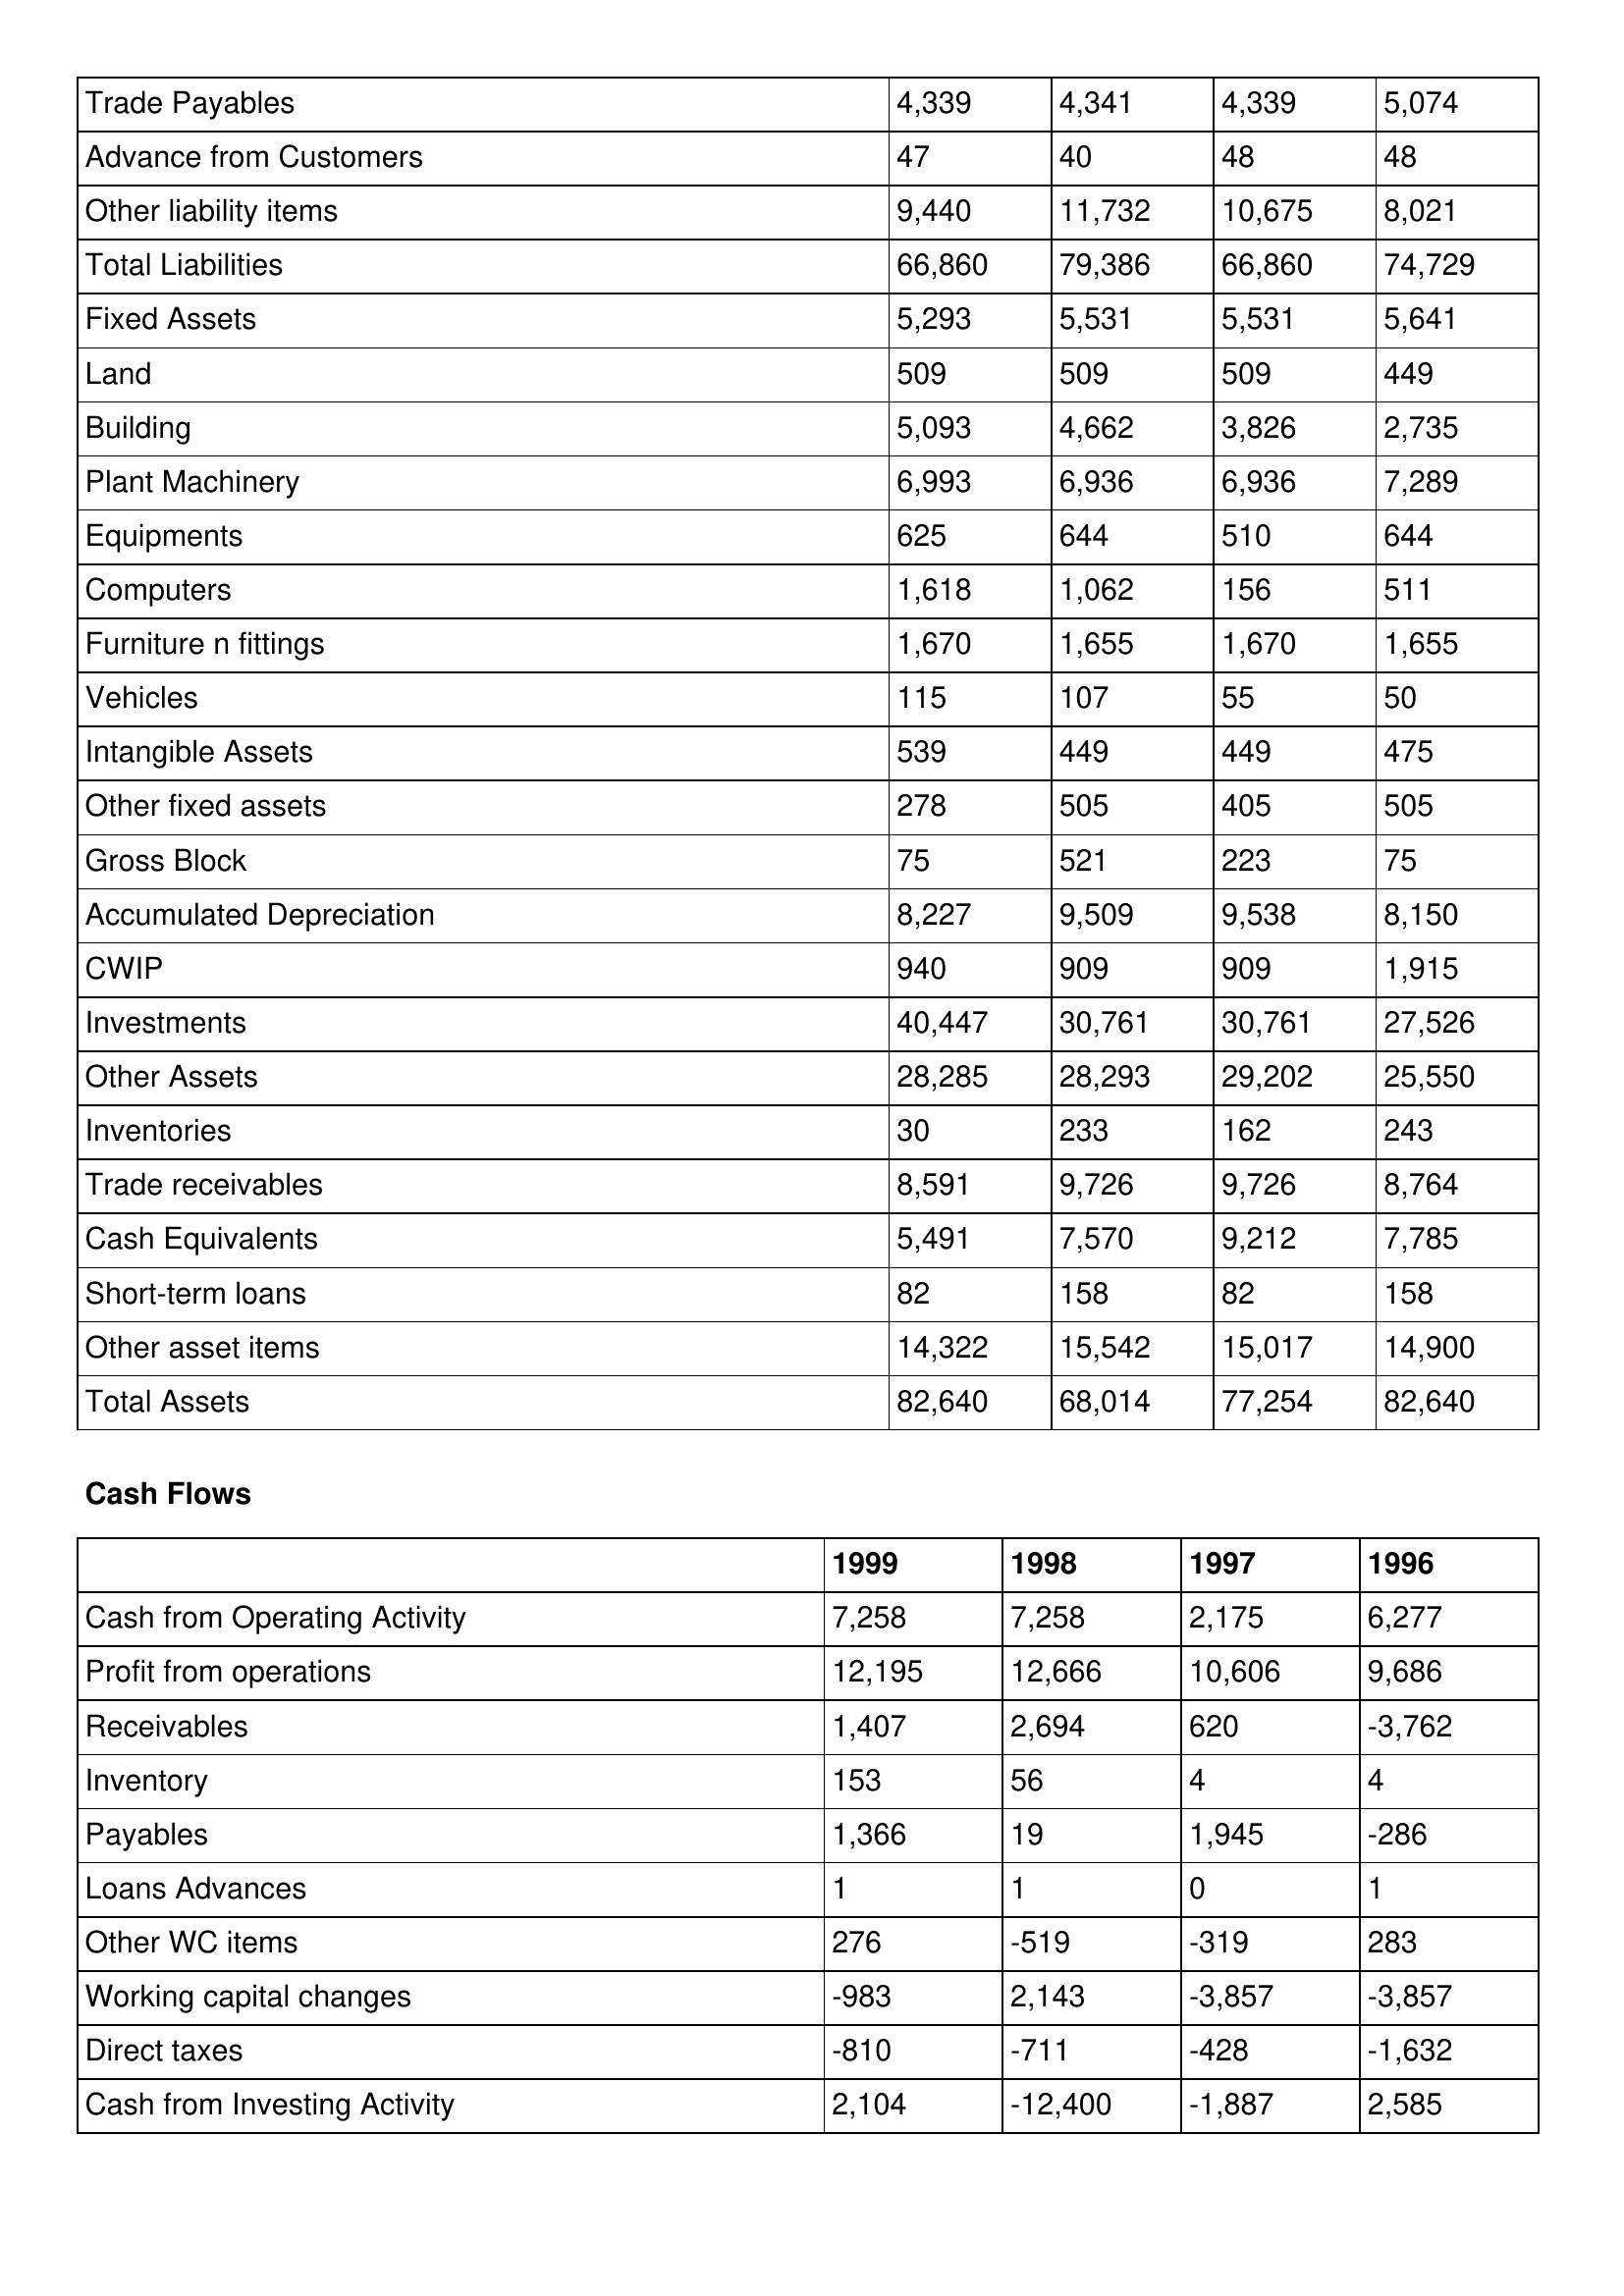
gt_parse: 1999: Balance Sheet: Trade Payables: 4,339
Advance from Customers: 47
Other liability items: 9,440
Total Liabilities: 66,860
Fixed Assets: 5,293
Land: 509
Building: 5,093
Plant Machinery: 6,993
Equipments: 625
Computers: 1,618
Furniture n fittings: 1,670
Vehicles: 115
Intangible Assets: 539
Other fixed assets: 278
Gross Block: 75
Accumulated Depreciation: 8,227
CWIP: 940
Investments: 40,447
Other Assets: 28,285
Inventories: 30
Trade receivables: 8,591
Cash Equivalents: 5,491
Short-term loans: 82
Other asset items: 14,322
Total Assets: 82,640
Cash Flows: Cash from Operating Activity: 7,258
Profit from operations: 12,195
Receivables: 1,407
Inventory: 153
Payables: 1,366
Loans Advances: 1
Other WC items: 276
Working capital changes: -983
Direct taxes: -810
Cash from Investing Activity: 2,104
1998: Balance Sheet: Trade Payables: 4,341
Advance from Customers: 40
Other liability items: 11,732
Total Liabilities: 79,386
Fixed Assets: 5,531
Land: 509
Building: 4,662
Plant Machinery: 6,936
Equipments: 644
Computers: 1,062
Furniture n fittings: 1,655
Vehicles: 107
Intangible Assets: 449
Other fixed assets: 505
Gross Block: 521
Accumulated Depreciation: 9,509
CWIP: 909
Investments: 30,761
Other Assets: 28,293
Inventories: 233
Trade receivables: 9,726
Cash Equivalents: 7,570
Short-term loans: 158
Other asset items: 15,542
Total Assets: 68,014
Cash Flows: Cash from Operating Activity: 7,258
Profit from operations: 12,666
Receivables: 2,694
Inventory: 56
Payables: 19
Loans Advances: 1
Other WC items: -519
Working capital changes: 2,143
Direct taxes: -711
Cash from Investing Activity: -12,400
1997: Balance Sheet: Trade Payables: 4,339
Advance from Customers: 48
Other liability items: 10,675
Total Liabilities: 66,860
Fixed Assets: 5,531
Land: 509
Building: 3,826
Plant Machinery: 6,936
Equipments: 510
Computers: 156
Furniture n fittings: 1,670
Vehicles: 55
Intangible Assets: 449
Other fixed assets: 405
Gross Block: 223
Accumulated Depreciation: 9,538
CWIP: 909
Investments: 30,761
Other Assets: 29,202
Inventories: 162
Trade receivables: 9,726
Cash Equivalents: 9,212
Short-term loans: 82
Other asset items: 15,017
Total Assets: 77,254
Cash Flows: Cash from Operating Activity: 2,175
Profit from operations: 10,606
Receivables: 620
Inventory: 4
Payables: 1,945
Loans Advances: 0
Other WC items: -319
Working capital changes: -3,857
Direct taxes: -428
Cash from Investing Activity: -1,887
1996: Balance Sheet: Trade Payables: 5,074
Advance from Customers: 48
Other liability items: 8,021
Total Liabilities: 74,729
Fixed Assets: 5,641
Land: 449
Building: 2,735
Plant Machinery: 7,289
Equipments: 644
Computers: 511
Furniture n fittings: 1,655
Vehicles: 50
Intangible Assets: 475
Other fixed assets: 505
Gross Block: 75
Accumulated Depreciation: 8,150
CWIP: 1,915
Investments: 27,526
Other Assets: 25,550
Inventories: 243
Trade receivables: 8,764
Cash Equivalents: 7,785
Short-term loans: 158
Other asset items: 14,900
Total Assets: 82,640
Cash Flows: Cash from Operating Activity: 6,277
Profit from operations: 9,686
Receivables: -3,762
Inventory: 4
Payables: -286
Loans Advances: 1
Other WC items: 283
Working capital changes: -3,857
Direct taxes: -1,632
Cash from Investing Activity: 2,585